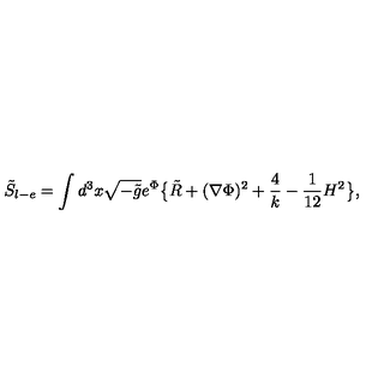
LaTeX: { \tilde { S } } _ { l - e } = \int d ^ { 3 } x \sqrt { - { \tilde { g } } } e ^ { \Phi } \big \{ { \tilde { R } } + ( \nabla \Phi ) ^ { 2 } + { \frac { 4 } { k } } - { \frac { 1 } { 1 2 } } H ^ { 2 } \big \} ,